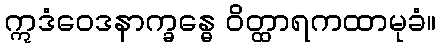
ဣဒံဝေဒနာက္ခန္ဓေ ဝိတ္ထာရကထာမုခံ။